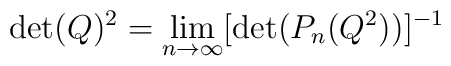
\det(Q)^2= \lim_{n \rightarrow \infty} [ \det(P_n(Q^2))]^{-1}